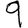
Digit: 9